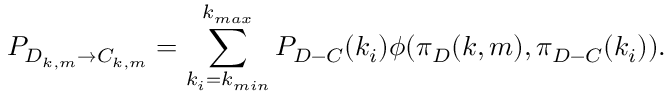
P _ { D _ { k , m } \rightarrow C _ { k , m } } = \sum _ { k _ { i } = k _ { m i n } } ^ { k _ { m a x } } P _ { D - C } ( k _ { i } ) \phi ( \pi _ { D } ( k , m ) , \pi _ { D - C } ( k _ { i } ) ) .